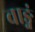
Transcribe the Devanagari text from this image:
वाङ्गं